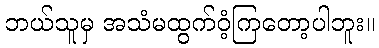
ဘယ်သူမှ အသံမထွက်ဝံ့ကြတော့ပါဘူး။